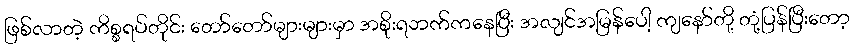
ဖြစ်လာတဲ့ ကိစ္စရပ်တိုင်း တော်တော်များများမှာ အစိုးရဘက်ကနေပြီး အလျင်အမြန်ပေါ့ ကျနော်တို့ တုံ့ပြန်ပြီးတော့